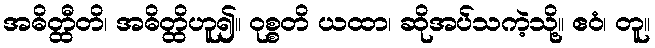
အဓိတ္ထီတိ၊ အဓိတ္ထိဟူ၍။ ဝုစ္စတိ ယထာ၊ ဆိုအပ်သကဲ့သို့။ ဧဝံ၊ တူ။